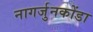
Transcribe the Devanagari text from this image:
नागर्जुनकोंडा